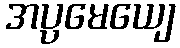
အပ္ပမေယျေ